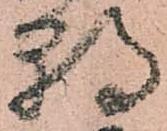
朝